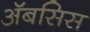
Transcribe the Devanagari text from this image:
अॅबसिस